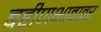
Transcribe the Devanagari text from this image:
बहीणभावावर